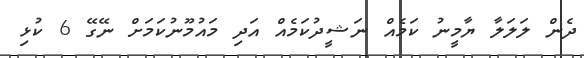
ދެން ލަލަލާ ޔާމީނު ކަމެއް ނަޝީދުކަމެއް އަދި މައުމޫނުކަމަށް ނޭގޭ 6 ކުޅި